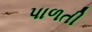
પાળતી